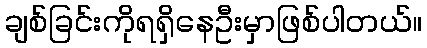
ချစ်ခြင်းကိုရရှိနေဦးမှာဖြစ်ပါတယ်။